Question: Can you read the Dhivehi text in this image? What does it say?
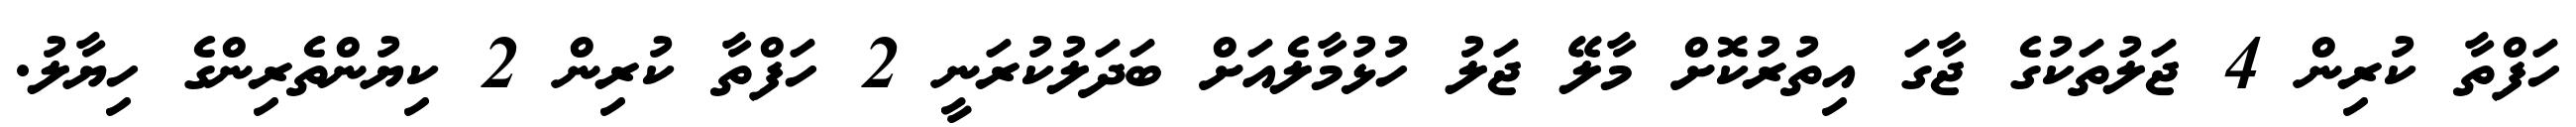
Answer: ހަފްތާ ކުރިން 4 ޖަލުތަކުގެ ޖާގަ އިތުރުކޮށް މާލޭ ޖަލު ހުޅުމާލެއަށް ބަދަލުކުރަނީ 2 ހަފްތާ ކުރިން 2 ކިޔުންތެރިންގެ ހިޔާލު.